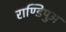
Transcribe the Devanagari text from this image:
राण्डिपुअ